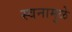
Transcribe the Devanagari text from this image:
स्वनामुळे